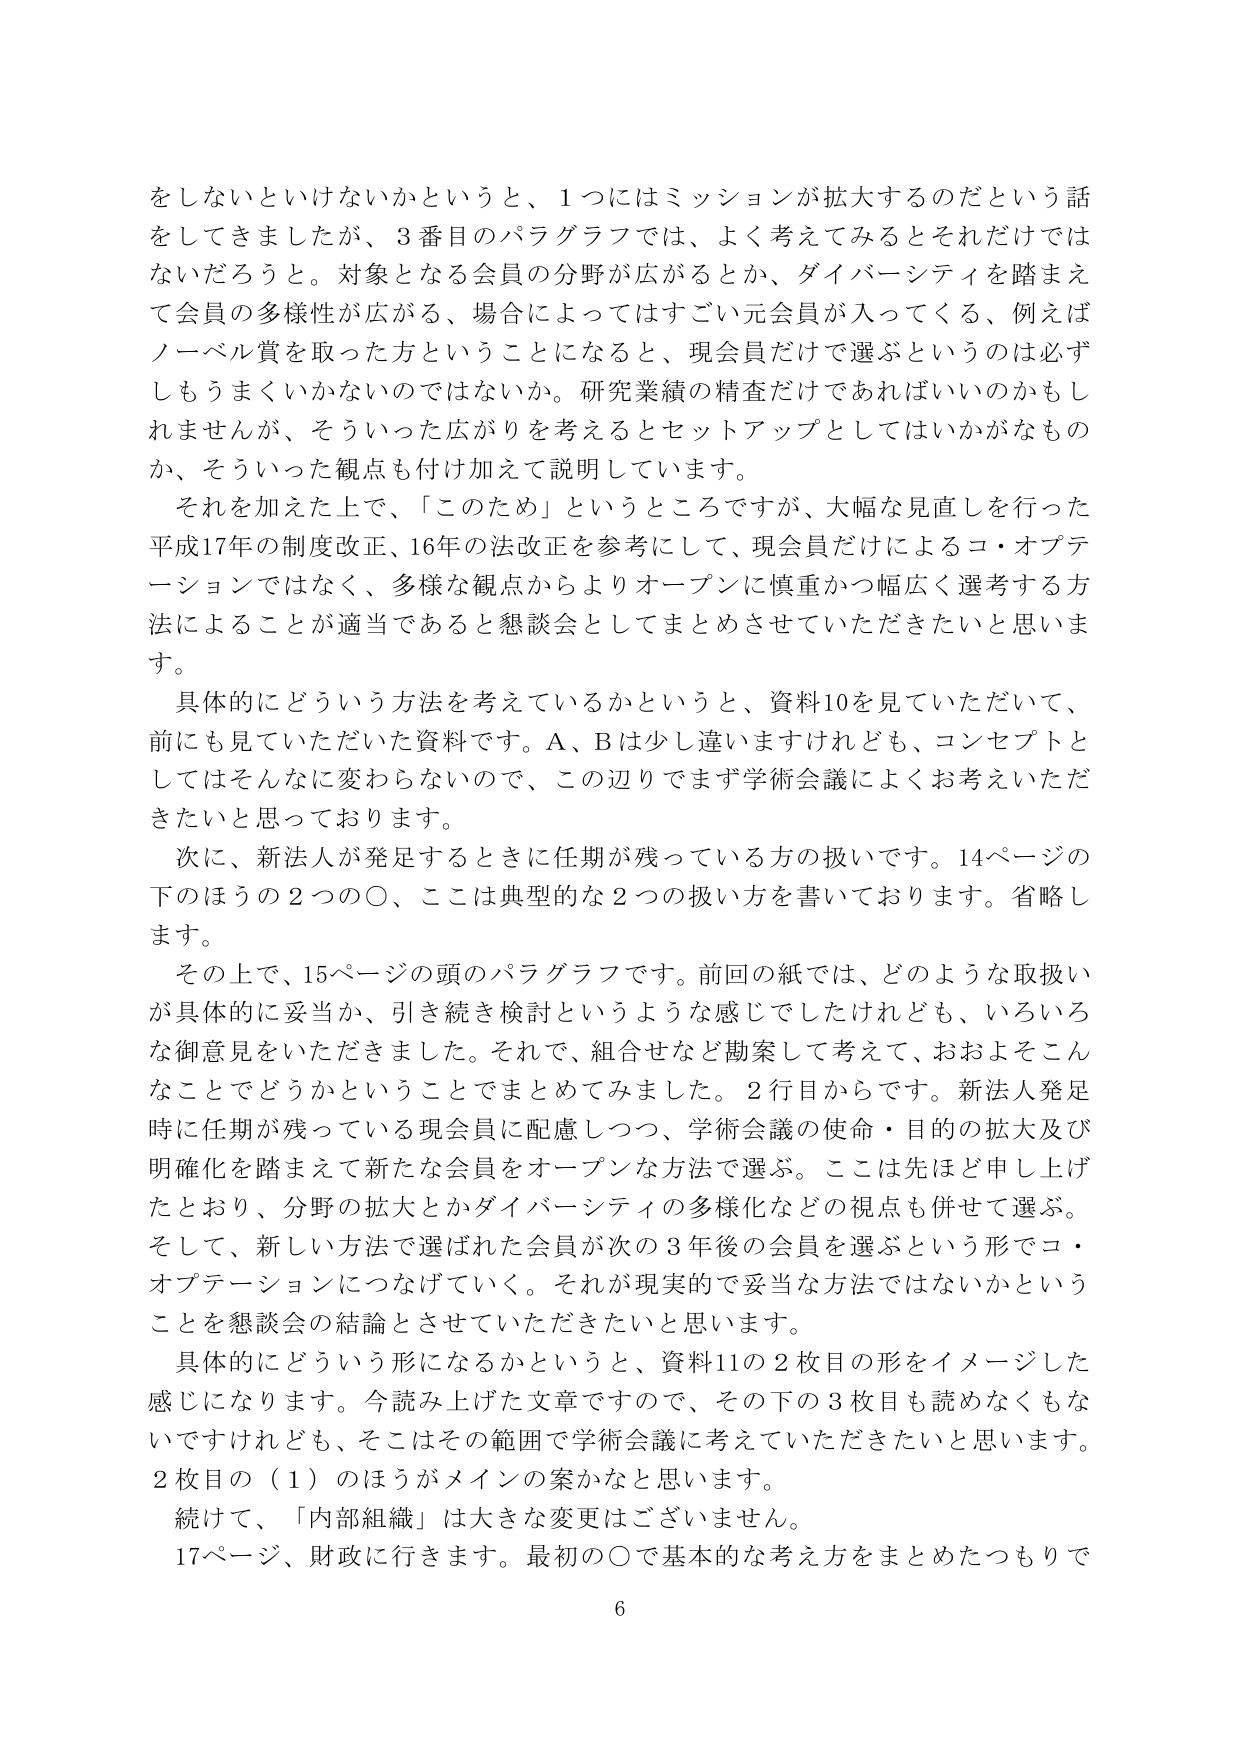
をしないといけないかというと、1つにはミッションが拡大するのだという話をしてきましたが、3番目のパラグラフでは、よく考えてみるとそれだけではないだろうと。対象となる会員の分野が広がるとか、ダイバーシティを踏まえて会員の多様性が広がる、場合によってはすごい元会員が入ってくる、例えばノーベル賞を取った方ということになると、現会員だけで選ぶというのは必ずしもうまくいかないのではないか。研究業績の精査だけであればいいのかもしれませんが、そういった広がりを考えるとセットアップとしてはいかがなものか、そういった観点も付け加えて説明しています。

それを加えた上で、「このため」というところですが、大幅な見直しを行った平成17年の制度改正、16年の法改正を参考にして、現会員だけによるコ・オペレーションではなく、多様な観点からよりオープンに慎重かつ幅広く選考する方法によることが適当であると懇談会としてまとめさせていただきたいと思います。

具体的にどういう方法を考えているかというと、資料10を見ていただいて、前にも見ていただいた資料です。A、Bは少し違いますけれども、コンセプトとしてはそんなに変わらないので、この辺りでまず学術会議によくお考えいただきたいと思っております。

次に、新法人が発足するときに任期が残っている方の扱いです。14ページの下のほうの2つの〇、ここは典型的な2つの扱い方を書いております。省略します。

その上で、15ページの頭のパラグラフです。前回の紙では、どのような取扱いが具体的に妥当か、引き続き検討というような感じでしたけれども、いろいろな御意見をいただきました。それで、組合せなど勘案して考えて、おおよそこんなことでどうかということをまとめてみました。2行目からです。新法人発足時に任期が残っている現会員に配慮しつつ、学術会議の使命・目的の拡大及び明確化を踏まえて新たな会員をオープンな方法で選ぶ。ここは先ほど申し上げたとおり、分野の拡大とかダイバーシティの多様化などの視点も併せて選ぶ。そして、新しい方法で選ばれた会員が次の3年後の会員を選ぶという形でコ・オペレーションにつなげていく。それが現実的で妥当な方法ではないかということを懇談会の結論とさせていただきたいと思います。

具体的にどういう形になるかというと、資料11の2枚目の形をイメージした感じになります。今読み上げた文章ですので、その下の3枚目も読めなくもないですけれども、そこはその範囲で学術会議に考えていただきたいと思います。2枚目の（1）のほうがメインの案かなと思います。

続けて、「内部組織」は大きな変更はございません。

17ページ、財政に行きます。最初の〇で基本的な考え方をまとめたつもりで

6